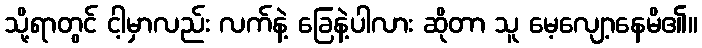
သို့ရာတွင် ငါ့မှာလည်း လက်နဲ့ ခြေနဲ့ပါလား ဆိုတာ သူ မေ့လျော့နေမိ၏။